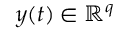
\b { y } ( t ) \in \mathbb { R } ^ { q }